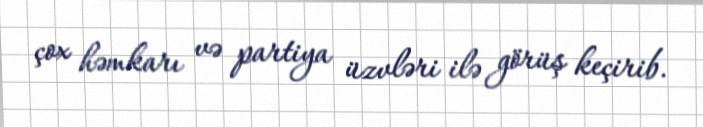
çox həmkarı və partiya üzvləri ilə görüş keçirib.